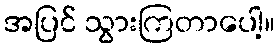
အပြင် သွားကြတာပေါ့။